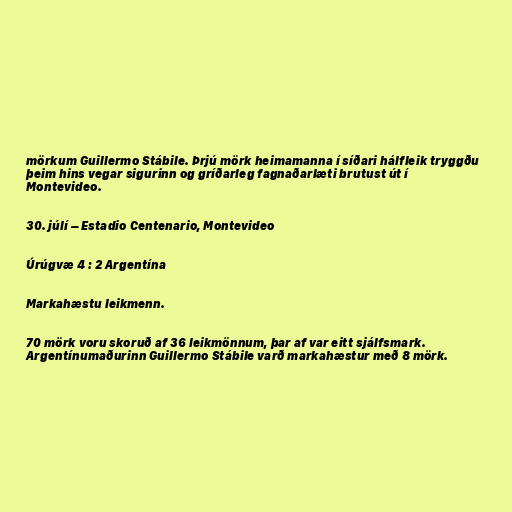
mörkum Guillermo Stábile. Þrjú mörk heimamanna í síðari hálfleik tryggðu
þeim hins vegar sigurinn og gríðarleg fagnaðarlæti brutust út í
Montevideo.

30. júlí – Estadio Centenario, Montevideo

Úrúgvæ 4 : 2 Argentína

Markahæstu leikmenn.

70 mörk voru skoruð af 36 leikmönnum, þar af var eitt sjálfsmark.
Argentínumaðurinn Guillermo Stábile varð markahæstur með 8 mörk.